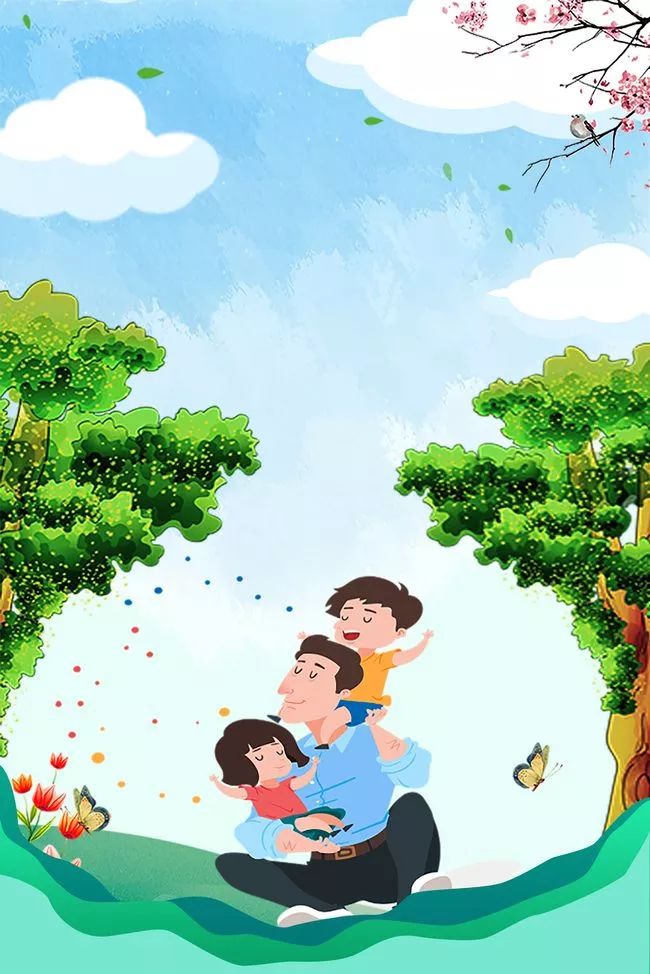
父老得书知我在，小轩临水为君开。